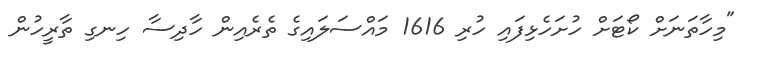
"މިހާތަނަށް ކޯޓަށް ހުށަހެޅިފައި ހުރި 1616 މައްސަލައިގެ ތެރެއިން ހާދިސާ ހިނގި ތާރީހުން